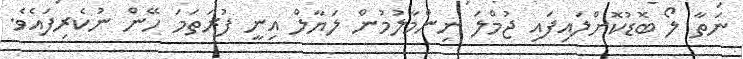
ނަތާ ލޯ ބޮޑުކޮށްލައިފައި ޖުމްލަ ނިންމާލުމުން ލަޔާލް އިނީ ފުރަތަމަ ހޭން ނުކެރިފައެވެ.